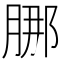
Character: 𬛁